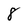
Character: 8